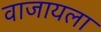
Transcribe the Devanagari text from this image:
वाजायला